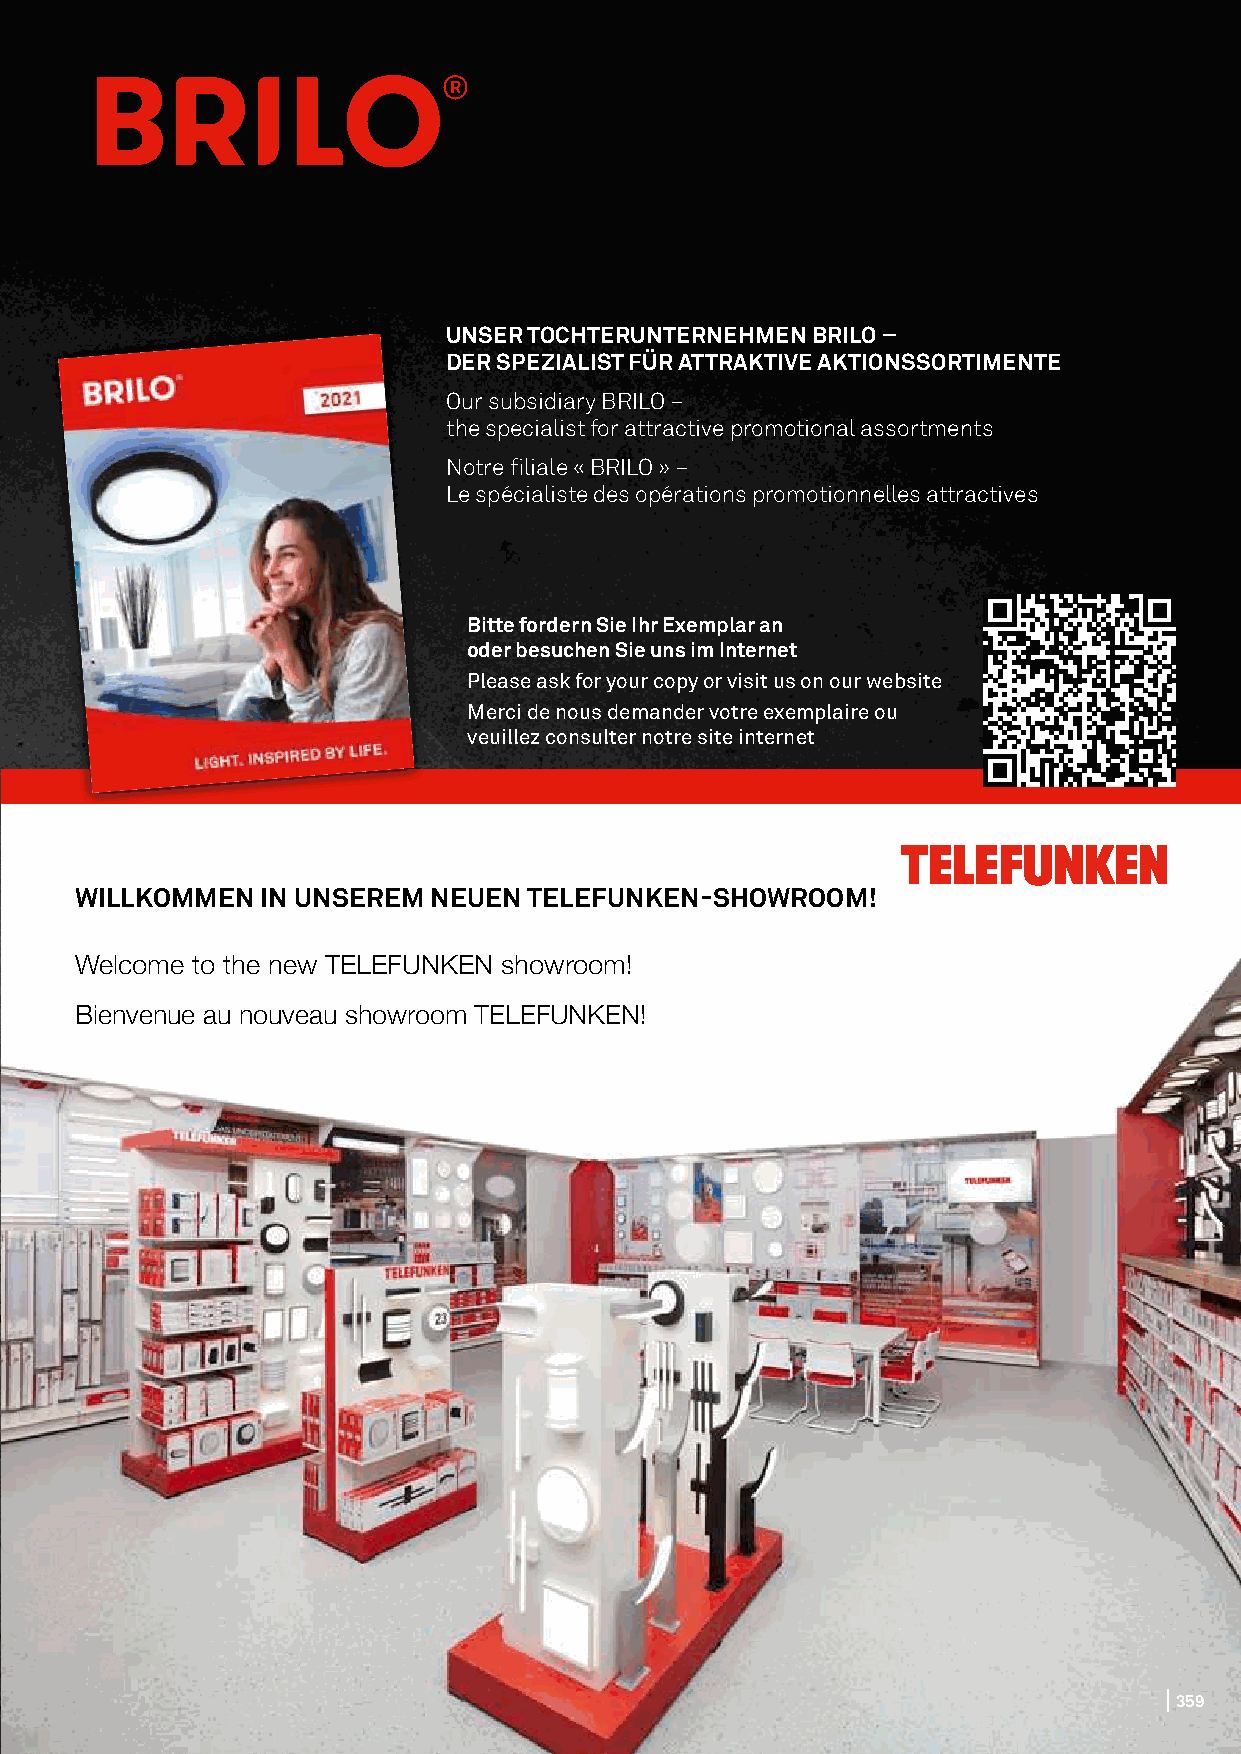
UNSER TOCHTERUNTERNEHMEN BRILO –
 DER SPEZIALIST FÜR ATTRAKTIVE AKTIONSSORTIMENTE
 Our subsidiary BRILO –
 the specialist for attractive promotional assortments
 Notre filiale « BRILO » –
 Le spécialiste des opérations promotionnelles attractives
 Bitte fordern Sie Ihr Exemplar an
 oder besuchen Sie uns im Internet
 Please ask for your copy or visit us on our website
 Merci de nous demander votre exemplaire ou
 veuillez consulter notre site internet
 Für einen guten Start stellen wir permanente Praktikums- und Ausbildungsplätze zur Verfügung. WILLKOMMEN IN UNSEREM NEUEN TELEFUNKEN-SHOWROOM!
 For a good start we provide permanent placements and apprenticeships.
 Pour un bon départ, nous mettons à disposition des places de formation ainsi que des stages
 Welcome to the new TELEFUNKEN showroom!
 de perfectionnement en permanence.
 Bienvenue au nouveau showroom TELEFUNKEN!
 359